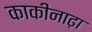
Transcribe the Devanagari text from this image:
काकीनाढ़ा